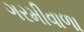
ગરમીવાળા